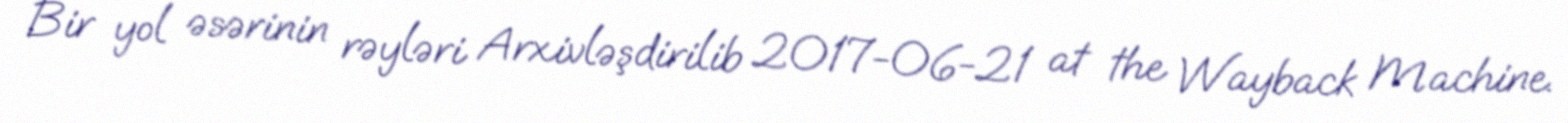
Bir yol əsərinin rəyləri Arxivləşdirilib 2017-06-21 at the Wayback Machine.